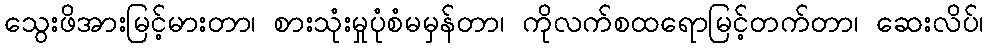
သွေးဖိအားမြင့်မားတာ၊ စားသုံးမှုပုံစံမမှန်တာ၊ ကိုလက်စထရောမြင့်တက်တာ၊ ဆေးလိပ်၊